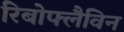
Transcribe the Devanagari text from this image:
रिबोफ्लैविन